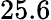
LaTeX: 25.6